Indian journal of veterinary science and animal husbandry - Volume 10,
Year: 1940
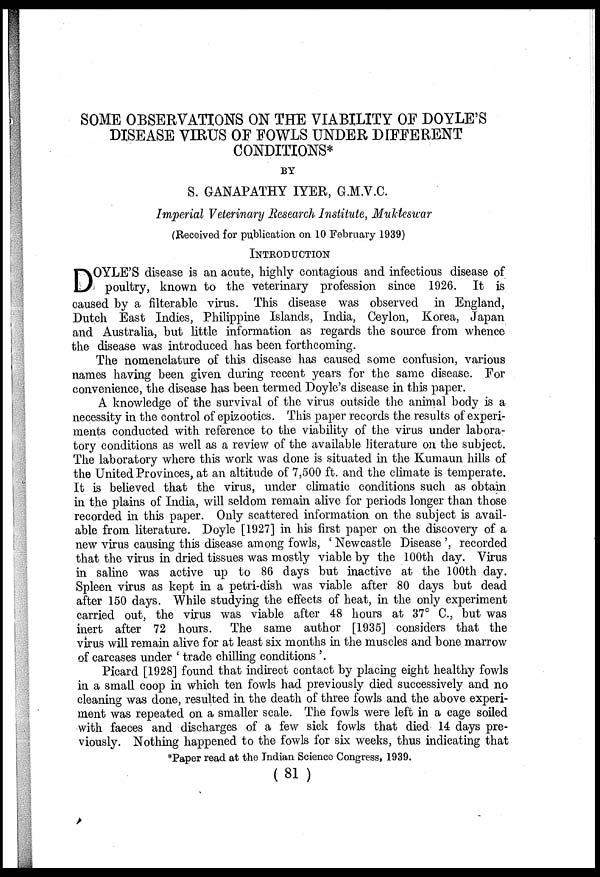
SOME OBSERVATIONS ON THE VIABILITY OF DOYLE'S
DISEASE VIRUS OF FOWLS UNDER DIFFERENT
CONDITIONS*
BY
S. GANAPATHY IYER, G.M.V.C.
Imperial Veterinary Research Institute, Mukteswar
(Received for publication on 10 February 1939)
INTRODUCTION
D OYLE'S disease is an acute, highly contagious and infectious disease of
poultry, known to the veterinary profession since 1926. It is
caused by a filterable virus. This disease was observed in England,
Dutch East Indies, Philippine Islands, India, Ceylon, Korea, Japan
and Australia, but little information as regards the source from whence
the disease was introduced has been forthcoming.
The nomenclature of this disease has caused some confusion, various
names having been given during recent years for the same disease. For
convenience, the disease has been termed Doyle's disease in this paper.
A knowledge of the survival of the virus outside the animal body is a
necessity in the control of epizootics. This paper records the results of experi-
ments conducted with reference to the viability of the virus under labora-
tory conditions as well as a review of the available literature on the subject.
The laboratory where this work was done is situated in the Kumaun hills of
the United Provinces, at an altitude of 7,500 ft. and the climate is temperate.
It is believed that the virus, under climatic conditions such as obtain
in the plains of India, will seldom remain alive for periods longer than those
recorded in this paper. Only scattered information on the subject is avail-
able from literature. Doyle [1927] in his first paper on the discovery of a
new virus causing this disease among fowls, ' Newcastle Disease ', recorded
that the virus in dried tissues was mostly viable by the 100th day. Virus
in saline was active up to 86 days but inactive at the 100th day.
Spleen virus as kept in a petri-dish was viable after 80 days but dead
after 150 days. While studying the effects of heat, in the only experiment
carried out, the virus was viable after 48 hours at 37° C., but was
inert after 72 hours. The same author [1935] considers that the
virus will remain alive for at least six months in the muscles and bone marrow
of carcases under ' trade chilling conditions '.
Picard [1928] found that indirect contact by placing eight healthy fowls
in a small coop in which ten fowls had previously died successively and no
cleaning was done, resulted in the death of three fowls and the above experi-
ment was repeated on a smaller scale. The fowls were left in a cage soiled
with faeces and discharges of a few sick fowls that died 14 days pre-
viously. Nothing happened to the fowls for six weeks, thus indicating that
*Paper read at the Indian Science Congress, 1939.
(81 )